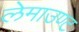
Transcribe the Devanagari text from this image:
लेमाउण्ट